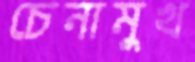
চেনামুখ